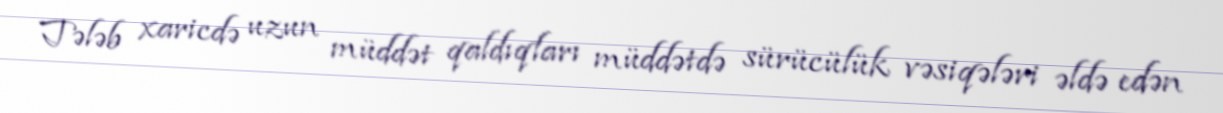
Tələb xaricdə uzun müddət qaldıqları müddətdə sürücülük vəsiqələri əldə edən